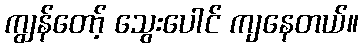
ကျွန်တော့် သွေးပေါင် ကျနေတယ်။